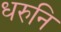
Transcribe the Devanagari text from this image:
धरुनि